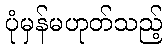
ပုံမှန်မဟုတ်သည့်